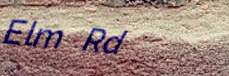
Elm Rd